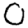
Digit: 0